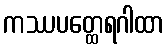
ကဿပတ္ထေရဂါထာ